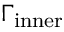
\Gamma _ { \mathrm { i n n e r } }